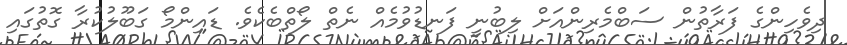
ދިވެހިންގެ ފަރާތުން ސަބްމެރިންއަށް ލިބުނީ ފަނޑުވުމެއް ނެތް ލޯތްބެކެވެ. ޑައިންމޯ ގަބޫލުކުރާ ގޮތުގައި